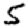
Digit: 5